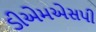
ડીએમએસપી